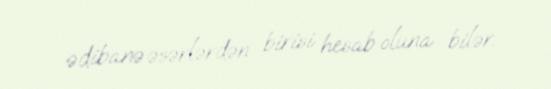
ədibanə əsərlərdən birisi hesab oluna bilər.